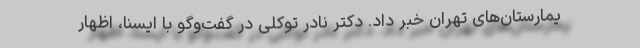
یمارستان‌های تهران خبر داد. دکتر نادر توکلی در گفت‌وگو با ایسنا، اظهار